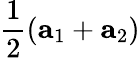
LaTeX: \frac{1}{2}\left(\mathbf{a}_{1}+\mathbf{a}_{2}\right)